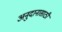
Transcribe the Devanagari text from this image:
अनुदानासाठी